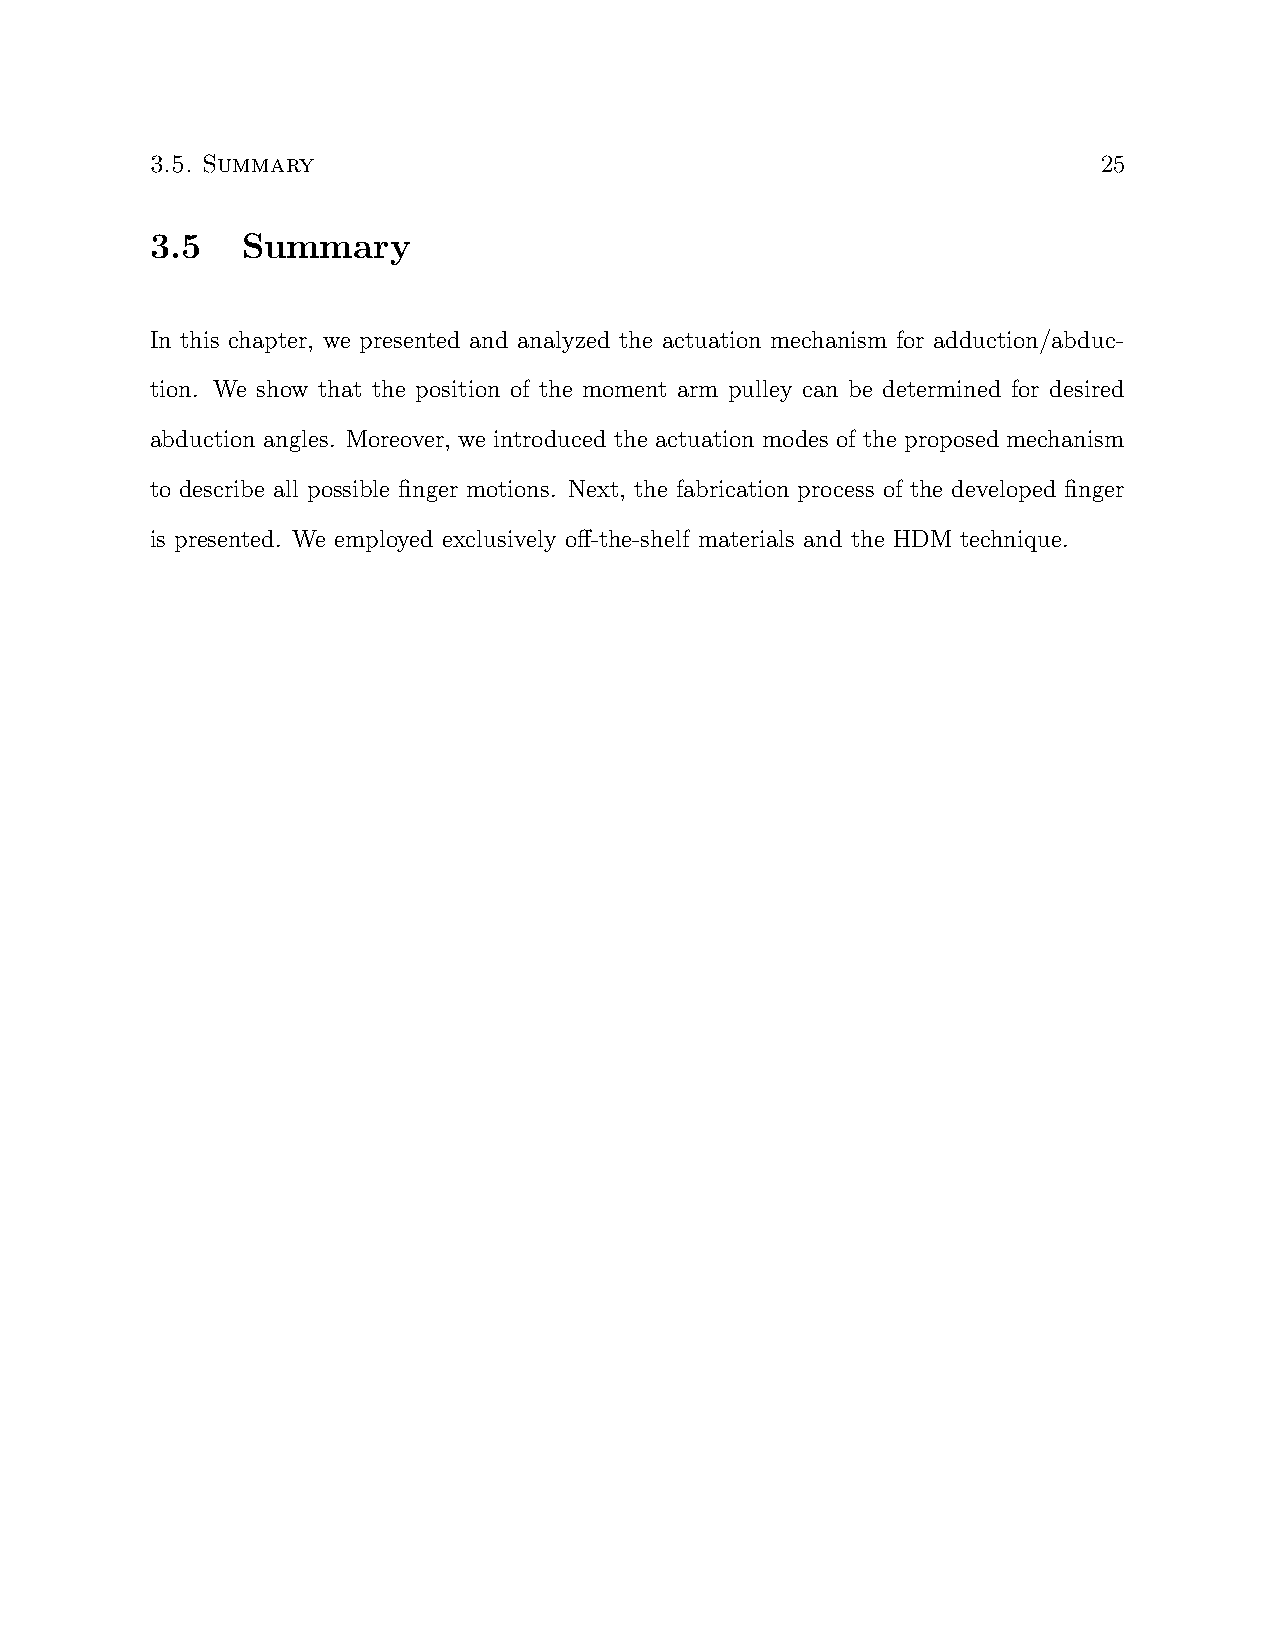
3.5. Summary                                                   25
 3.5   Summary
 In this chapter, we presented and analyzed the actuation mechanism for adduction/abduc-
 tion. We show that the position of the moment arm pulley can be determined for desired
 abduction angles. Moreover, we introduced the actuation modes of the proposed mechanism
 to describe all possible finger motions. Next, the fabrication process of the developed finger
 is presented. We employed exclusively off-the-shelf materials and the HDM technique.